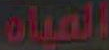
الميان